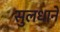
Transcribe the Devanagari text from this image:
सुलधाने